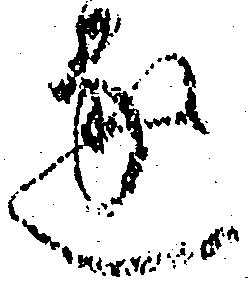
遂